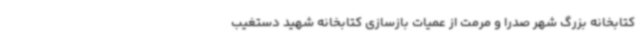
کتابخانه بزرگ شهر صدرا و مرمت از عمیات بازسازی کتابخانه شهید دستغیب